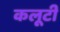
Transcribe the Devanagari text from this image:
कलूटी